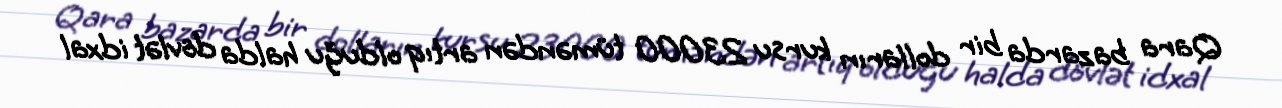
Qara bazarda bir dolların kursu 23000 tüməndən artıq olduğu halda dövlət idxal